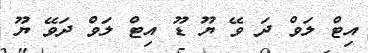
އިޓް ލަވް ދަ ވޭ ޔޫ ޑޫ އިޓް ލަވް ދަވޭ ޔޫ